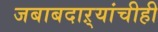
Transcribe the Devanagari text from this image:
जबाबदाऱ्यांचीही